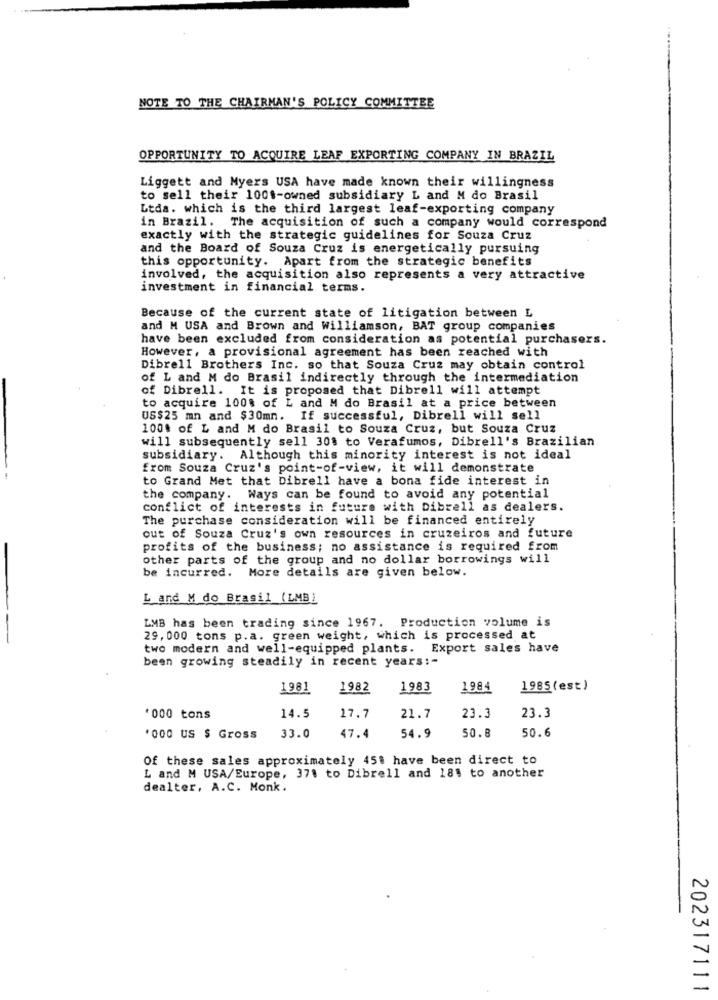
NOTE TO THE CHAIRMAN'S POLICY COMMITTEE
OPPORTUNITY TO ACQUIRE LEAF EXPORTING COMPANY IN BRAZIL
Liggett and Myers USA have made known their willingness
to sell their 100$-owned subsidiary L and M do Brasil
Ltda. which is the third largest leaf-exporting company
in Brazil. The acquisition of such a company would correspond
exactly with the strategic guidelines for Souza Cruz
and the Board of Souza Cruz is energetically pursuing
this opportunity. Apart from the strategic benefits
involved, the acquisition also represents a very attractive
investment in financial terms.
Because of the current state of litigation between L
and M USA and Brown and Williamson, BAT group companies
have been excluded from consideration as potential purchasers.
However, a provisional agreement has been reached with
Dibrell Brothers Inc. so that Souza Cruz may obtain control
of L and M do Brasil indirectly through the intermediation
of Dibrell. It is proposed that Dibrell will attempt
to acquire 100% of L and M do Brasil at a price between
US$25 mn and $30mn. If successful, Dibrell will sell
100% of L and M do Brasil to Souza Cruz, but Souza Cruz
will subsequently sell 30% to Verafumos, Dibrell's Brazilian
subsidiary. Although this minority interest is not ideal
from Souza Cruz's point-of-view, it will demonstrate
to Grand Met that Dibrell have a bona fide interest in
the company. Ways can be found to avoid any potential
conflict of interests in future with Dibrell as dealers.
The purchase consideration will be financed entirely
out of Souza Cruz's own resources in cruzeiros and future
profits of the business; no assistance is required from
other parts of the group and no dollar borrowings will
be incurred. More details are given below.
L and M do Brasil (LMB)
LMB has been trading since 1967. Production volume is
29, 000 tons p.a. green weight, which is processed at
two modern and well-equipped plants. Export sales have
been growing steadily in recent years :-
1981
1982
1983
1984
1985(est)
.000 tons
14.5
17.7
21.7
23.3
23.3
54.9
50.8
50.6
'000 US $ Gross
33.0
47.4
Of these sales approximately 451 have been direct to
L and M USA/Europe, 371 to Dibrell and 181 to another
dealter, A.C. Monk.
202317111